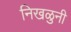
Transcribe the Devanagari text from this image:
निखळुनी